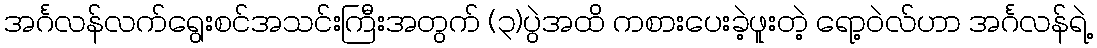
အင်္ဂလန်လက်ရွေးစင်အသင်းကြီးအတွက် (၃)ပွဲအထိ ကစားပေးခဲ့ဖူးတဲ့ ရော့ဝဲလ်ဟာ အင်္ဂလန်ရဲ့